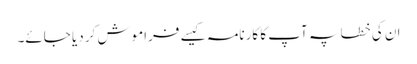
ان کی خطا پہ آپ کا کارنامہ کیسے فراموش کر دیا جائے۔